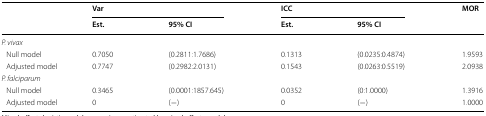
<table><thead><tr><td rowspan="2"></td><td colspan="2"><b>Var</b></td><td colspan="2"><b>ICC</b></td><td rowspan="2"><b>MOR</b></td></tr><tr><td><b>Est.</b></td><td><b>95% CI</b></td><td><b>Est.</b></td><td><b>95% CI</b></td></tr></thead><tbody><tr><td colspan="6"><i>P. vivax</i></td></tr><tr><td> Null model</td><td>0.7050</td><td>(0.2811:1.7686)</td><td>0.1313</td><td>(0.0235:0.4874)</td><td>1.9593</td></tr><tr><td> Adjusted model</td><td>0.7747</td><td>(0.2982:2.0131)</td><td>0.1543</td><td>(0.0263:0.5519)</td><td>2.0938</td></tr><tr><td colspan="6"><i>P. falciparum</i></td></tr><tr><td> Null model</td><td>0.3465</td><td>(0.0001:1857.645)</td><td>0.0352</td><td>(0:1.0000)</td><td>1.3916</td></tr><tr><td> Adjusted model</td><td>0</td><td>(−)</td><td>0</td><td>(−)</td><td>1.0000</td></tr></tbody></table>